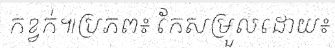
កខ្វក់៕ប្រភព៖ កែសម្រួលដោយ៖